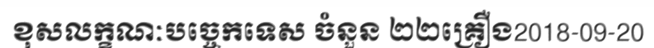
ខុសលក្ខណៈបច្ចេកទេស ចំនួន ២២គ្រឿង2018-09-20